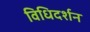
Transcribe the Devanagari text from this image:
विधिदर्शन